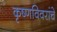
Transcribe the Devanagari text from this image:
कृष्णविवरांचे